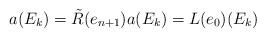
LaTeX: \begin{align*}a(E_k) = \tilde R(e_{n+1}) a(E_k) = L(e_0)(E_k)\end{align*}